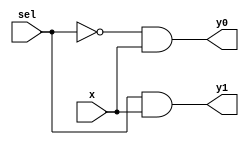
module demux_1bit (
    input sel,
    input x,
    output y0,
    output y1

);

    wire sel_not;
    
    not not1 (sel_not, sel);
    and and1 (y0, sel_not, x);
    and and2 (y1, sel, x);
    
endmodule